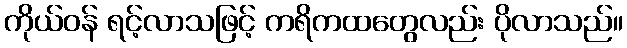
ကိုယ်ဝန် ရင့်လာသဖြင့် ကရိကထတွေလည်း ပိုလာသည်။